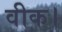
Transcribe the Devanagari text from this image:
वीक।